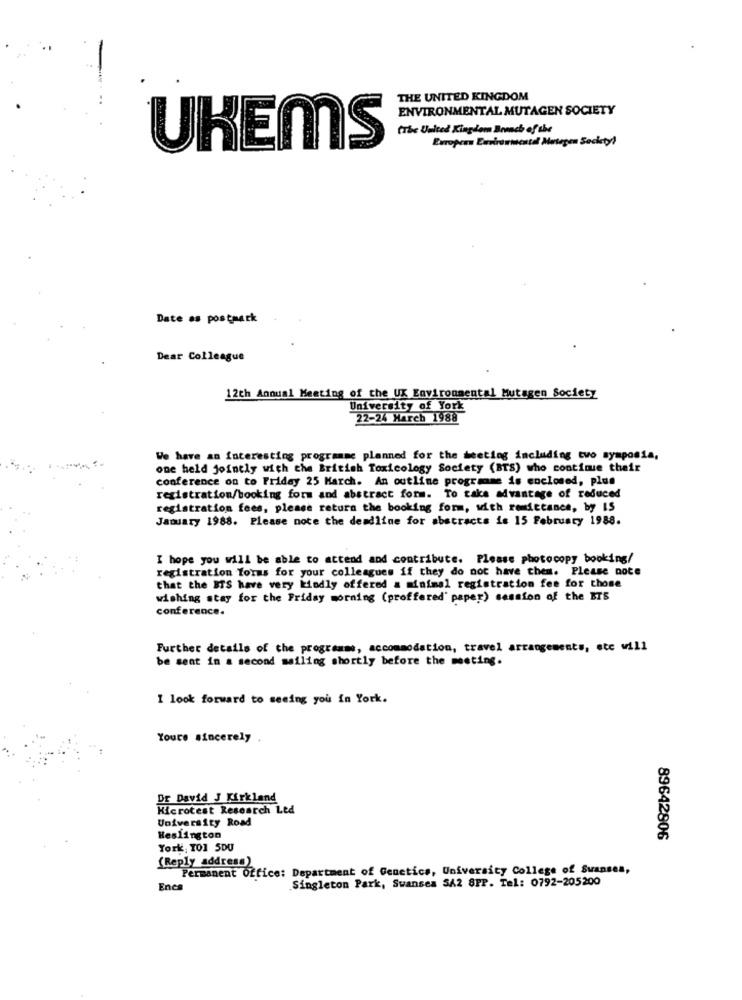
THE UNITED KINGDOM
ENVIRONMENTAL MUTAGEN SOCIETY
(The United Kingdom Bomch of the
European Environmental Mategen Sockety!
UKEMS
Date as postaack
Dear Colleague
12th Annual Meeting of the UX Environmental Mutagen Society
University of York
22-24 March 1988
We have an interesting programme planned for the meeting including tvo symposia,
one held jointly with the British Toxicology Society (BTS) who continue their
conference on to Friday 25 March. An outline programme is enclosed, plus
registration/booking form and abstract form. To take advantage of reduced
registration fees, please return the booking form, with remittance, by IS
January 1988. Please note the deadline for abstracts is 15 February 1988.
I hope you will be able to attend and contribute. Please photocopy booking/
registration forms for your colleagues if they do not have them. Please note
that the BTS have very kindly offered a minimal registration fee for those
wishing stay for the Friday morning (proffered' paper) session of the ETS
conference.
Further details of the programms, accommodation, travel arrangements, ete will
be sent in a second mailing shortly before the meeting.
I look forward to seeing you in York.
Yours sincerely
Dr David J Kirkland
Kicrotest Research Led
University Road
Heslington
89642806
York, TO1 5DU
(Reply address)
Permanent Office: Department of Genetics, University College of Swansea,
Singleton Park, Swansea SA2 8PP. Tel: 0792-205200
Encs